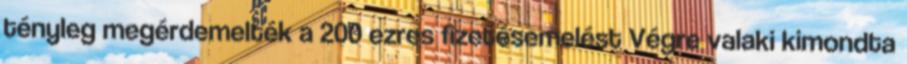
tényleg megérdemelték a 200 ezres fizetésemelést Végre valaki kimondta